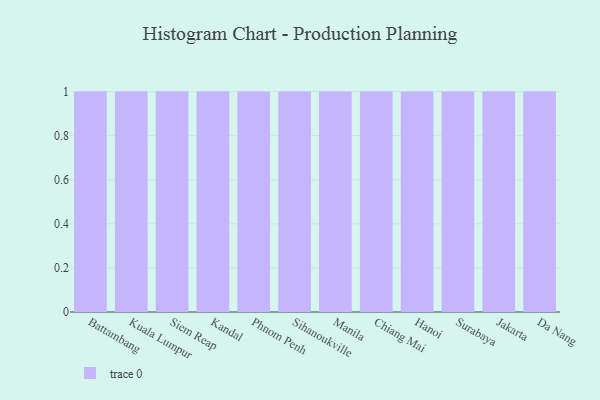
{"axis": {"x": "City", "y": "Waste Production (Tons)"}, "legend": [""], "data": [{"x": "Battambang", "y": 95, "type": ""}, {"x": "Kuala Lumpur", "y": 23, "type": ""}, {"x": "Siem Reap", "y": 94, "type": ""}, {"x": "Kandal", "y": 53, "type": ""}, {"x": "Phnom Penh", "y": 49, "type": ""}, {"x": "Sihanoukville", "y": 64, "type": ""}, {"x": "Manila", "y": 51, "type": ""}, {"x": "Chiang Mai", "y": 5, "type": ""}, {"x": "Hanoi", "y": 23, "type": ""}, {"x": "Surabaya", "y": 65, "type": ""}, {"x": "Jakarta", "y": 87, "type": ""}, {"x": "Da Nang", "y": 39, "type": ""}]}